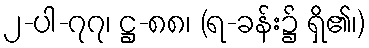
၂-ပါ-၇၇၊ ဋ္ဌ-၈၈၊ (ရ-ခန်း၌ ရှိ၏၊)